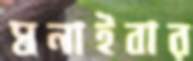
ঘনাইবার